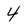
Character: 4